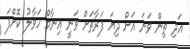
އަދި ތިން ވަނަ އަށް ދިޔަ ފަރާތަށް ވަނީ އިނާމް ހަވާލު ކޮށްފަ